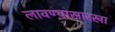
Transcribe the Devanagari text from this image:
लावण्यासारखा